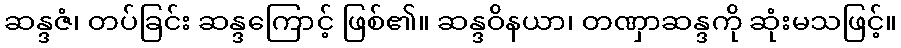
ဆန္ဒဇံ၊ တပ်ခြင်း ဆန္ဒကြောင့် ဖြစ်၏။ ဆန္ဒဝိနယာ၊ တဏှာဆန္ဒကို ဆုံးမသဖြင့်။